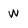
Character: w